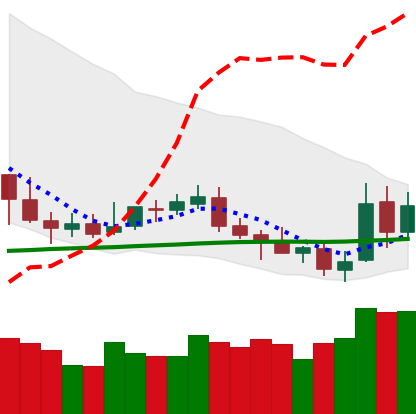
Ticker: NEO-USD
Chart end date: 2019-05-13
Forward return: 9.53%
Label: up_7plus